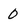
Character: 0